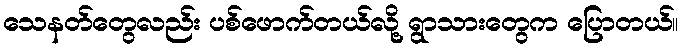
သေနတ်တွေလည်း ပစ်ဖောက်တယ်လို့ ရွာသားတွေက ပြောတယ်။